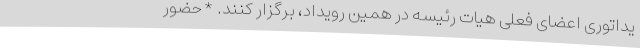
یداتوری اعضای فعلی هیات رئیسه در همین رویداد، برگزار کنند. *حضور